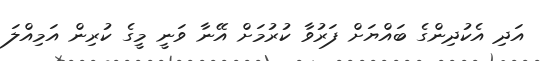
އަދި އެކުދިންގެ ބައްޔަށް ފަރުވާ ކުރުމަށް އޭނާ ވަނީ މީގެ ކުރިން އަމިއްލަ